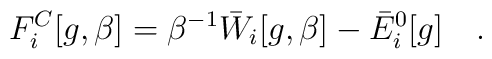
F^C_i[g,\beta]=\beta^{-1} \bar{W}_i[g,\beta]-\bar{E}^0_i[g]~~~.